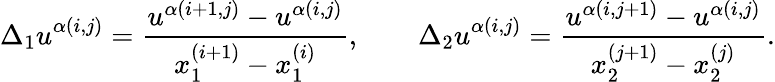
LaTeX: {\Delta_{1}u}^{\alpha(i,j)}=\frac{u^{\alpha(i+1,j)}-u^{\alpha(i,j)}}{x_{1}^{(i+1)}-x_{1}^{(i)}},\qquad{\Delta_{2}u}^{\alpha(i,j)}=\frac{u^{\alpha(i,j+1)}-u^{\alpha(i,j)}}{x_{2}^{(j+1)}-x_{2}^{(j)}}.